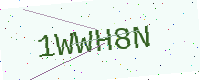
Text: 1WWH8N